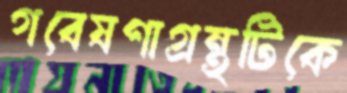
গবেষণাগ্রন্থটিকে